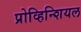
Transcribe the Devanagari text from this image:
प्रोव्हिन्शियल